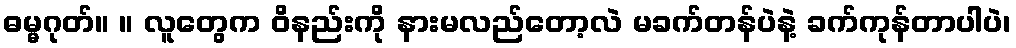
ဓမ္မဂုတ်။ ။ လူတွေက ဝိနည်းကို နားမလည်တော့လဲ မခက်တန်ပဲနဲ့ ခက်ကုန်တာပါပဲ၊